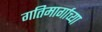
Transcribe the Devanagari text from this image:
गतिमार्गाच्या